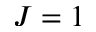
J = 1